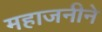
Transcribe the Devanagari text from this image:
महाजनीने